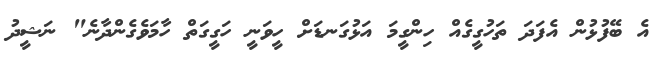
އެ ބޭފުޅުން އެފަދަ ތަހުގީގެއް ހިންގީމަ އަޅުގަނޑަށް ހީވަނީ ހަގީގަތް ހާމަވެގެންދާނެ" ނަޝީދު